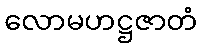
လောမဟဋ္ဌဇာတံ